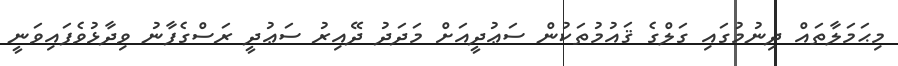
މިޙަމަލާތައް ދިނުމުގައި ގަލްގެ ޤައުމުތަކުން ސަޢުދީއަށް މަދަދު ދޭއިރު ސަޢުދީ ރަސްގެފާނު ވިދާޅުވެފައިވަނީ